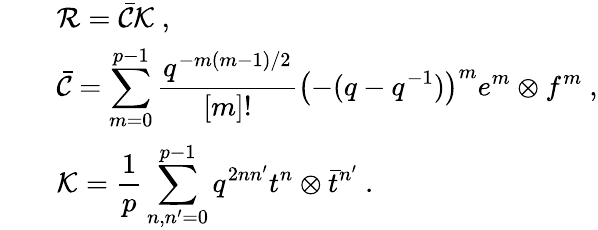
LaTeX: \begin{array}{rcl}{{}}&{{}}&{{{\cal R}=\bar{\cal C}{\cal K}~,}}\\ {{}}&{{}}&{{\bar{\cal C}=\displaystyle\sum_{m=0}^{p-1}\frac{q^{-m(m-1)/2}}{[m]!}\left(-(q-q^{-1})\right)^{m}e^{m}\otimes f^{m}~,}}\\ {{}}&{{}}&{{{\cal K}=\displaystyle\frac{1}{p}\sum_{n,n^{\prime}=0}^{p-1}q^{2nn^{\prime}}t^{n}\otimes\bar{t}^{n^{\prime}}~.}}\end{array}